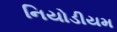
નિયોડીયમ